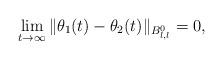
LaTeX: \begin{align*}\lim_{t \to \infty} \|\theta_1(t) - \theta_2(t)\|_{B^0_{l,l}}=0,\end{align*}